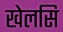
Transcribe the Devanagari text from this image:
खेलसि